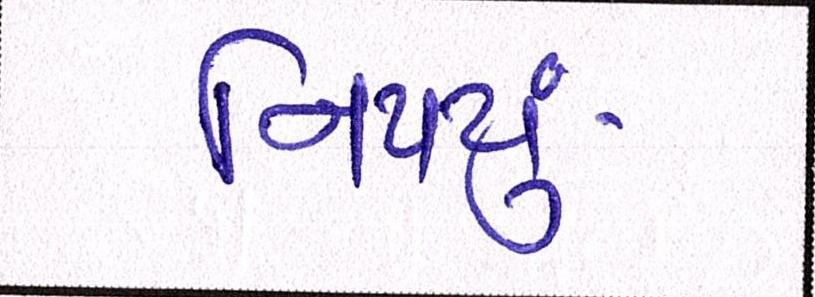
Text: નિપયું